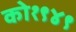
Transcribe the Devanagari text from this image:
को१९४९